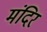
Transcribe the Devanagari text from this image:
मंंदिर